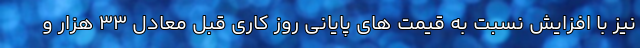
نیز با افزایش نسبت به قیمت های پایانی روز کاری قبل معادل 33 هزار و